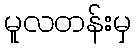
မူလတန်းမှ